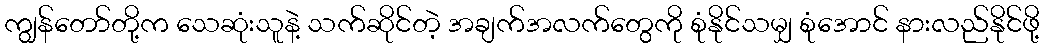
ကျွန်တော်တို့က သေဆုံးသူနဲ့ သက်ဆိုင်တဲ့ အချက်အလက်တွေကို စုံနိုင်သမျှ စုံအောင် နားလည်နိုင်ဖို့